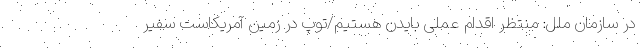
در سازمان ملل: منتظر اقدام عملی بایدن هستیم/توپ در زمین آمریکاست سفیر